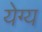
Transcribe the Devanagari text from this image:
येग्य